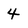
Character: 4